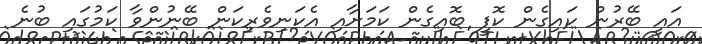
އައީ ބޭރުން ކައިގެން ކޮފީ ބޮއިގެން ކަމަށާއި އެކަނިވެރިކަން ބޭނުންވާ ކަމުގައި ބުނެ